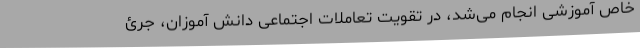
خاص آموزشی انجام می‌شد، در تقویت تعاملات اجتماعی دانش آموزان، جرئ